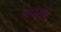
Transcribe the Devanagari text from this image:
बाग्डवीत